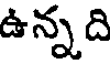
ఉన్న ది